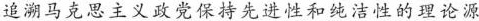
追溯马克思主义政党保持先进性和纯洁性的理论源